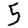
Digit: 5